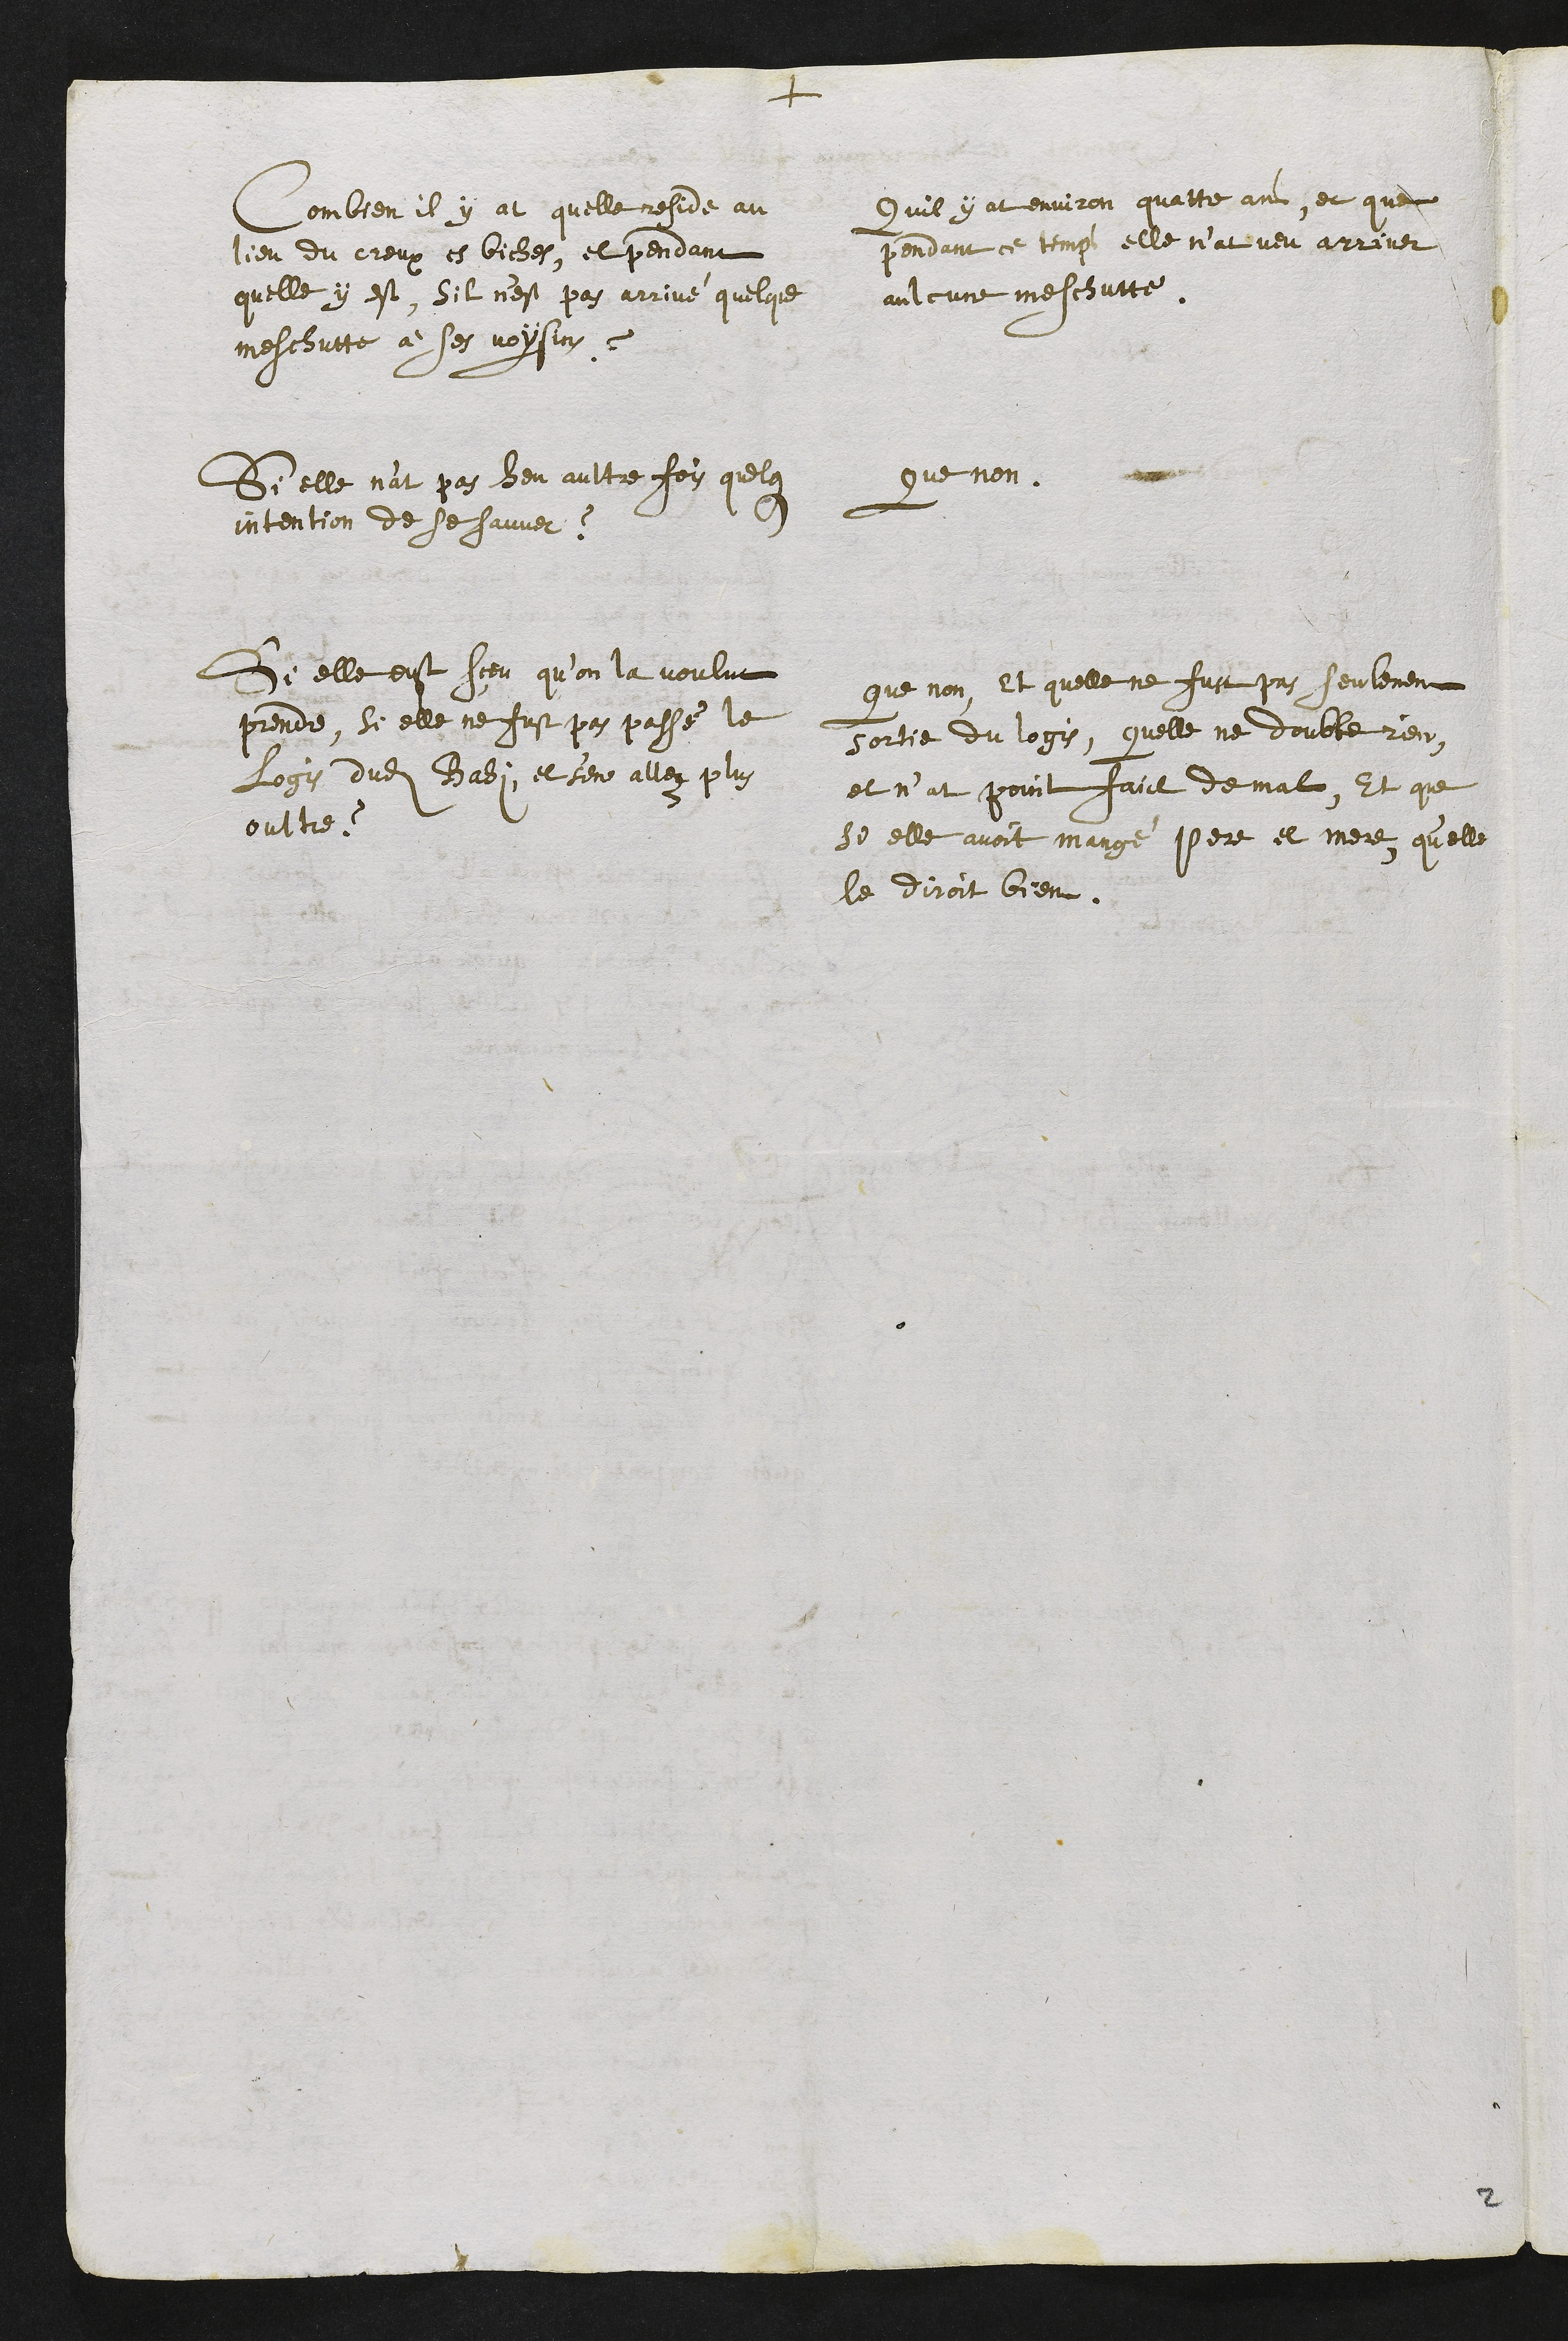
+
Combien il y at quelle reside au
lieu du creux es biches, et pendant
quelle y est, sil n'est pas arrivé quelque
meschutte à ses voysins ?
Quil y at environ quattre ans, et que
pendant ce temps elle n’at veu arriver
aulcune meschutte.
Si elle n'at pas heu aultre fois quelque
intention de se sauver ?
Que non.
Si elle eust sceu qu’on la voulut
prende, si elle ne fust pas passé le
logis dudit Bahi, et s'en allez plus
oultre ?
Que non, et quelle ne fust pas seulement
sortie du logis, quelle ne doubte rien,
et n’at point faict de mal, Et que
si elle avoit mangé pere et mere, quelle
le diroit bien.
2